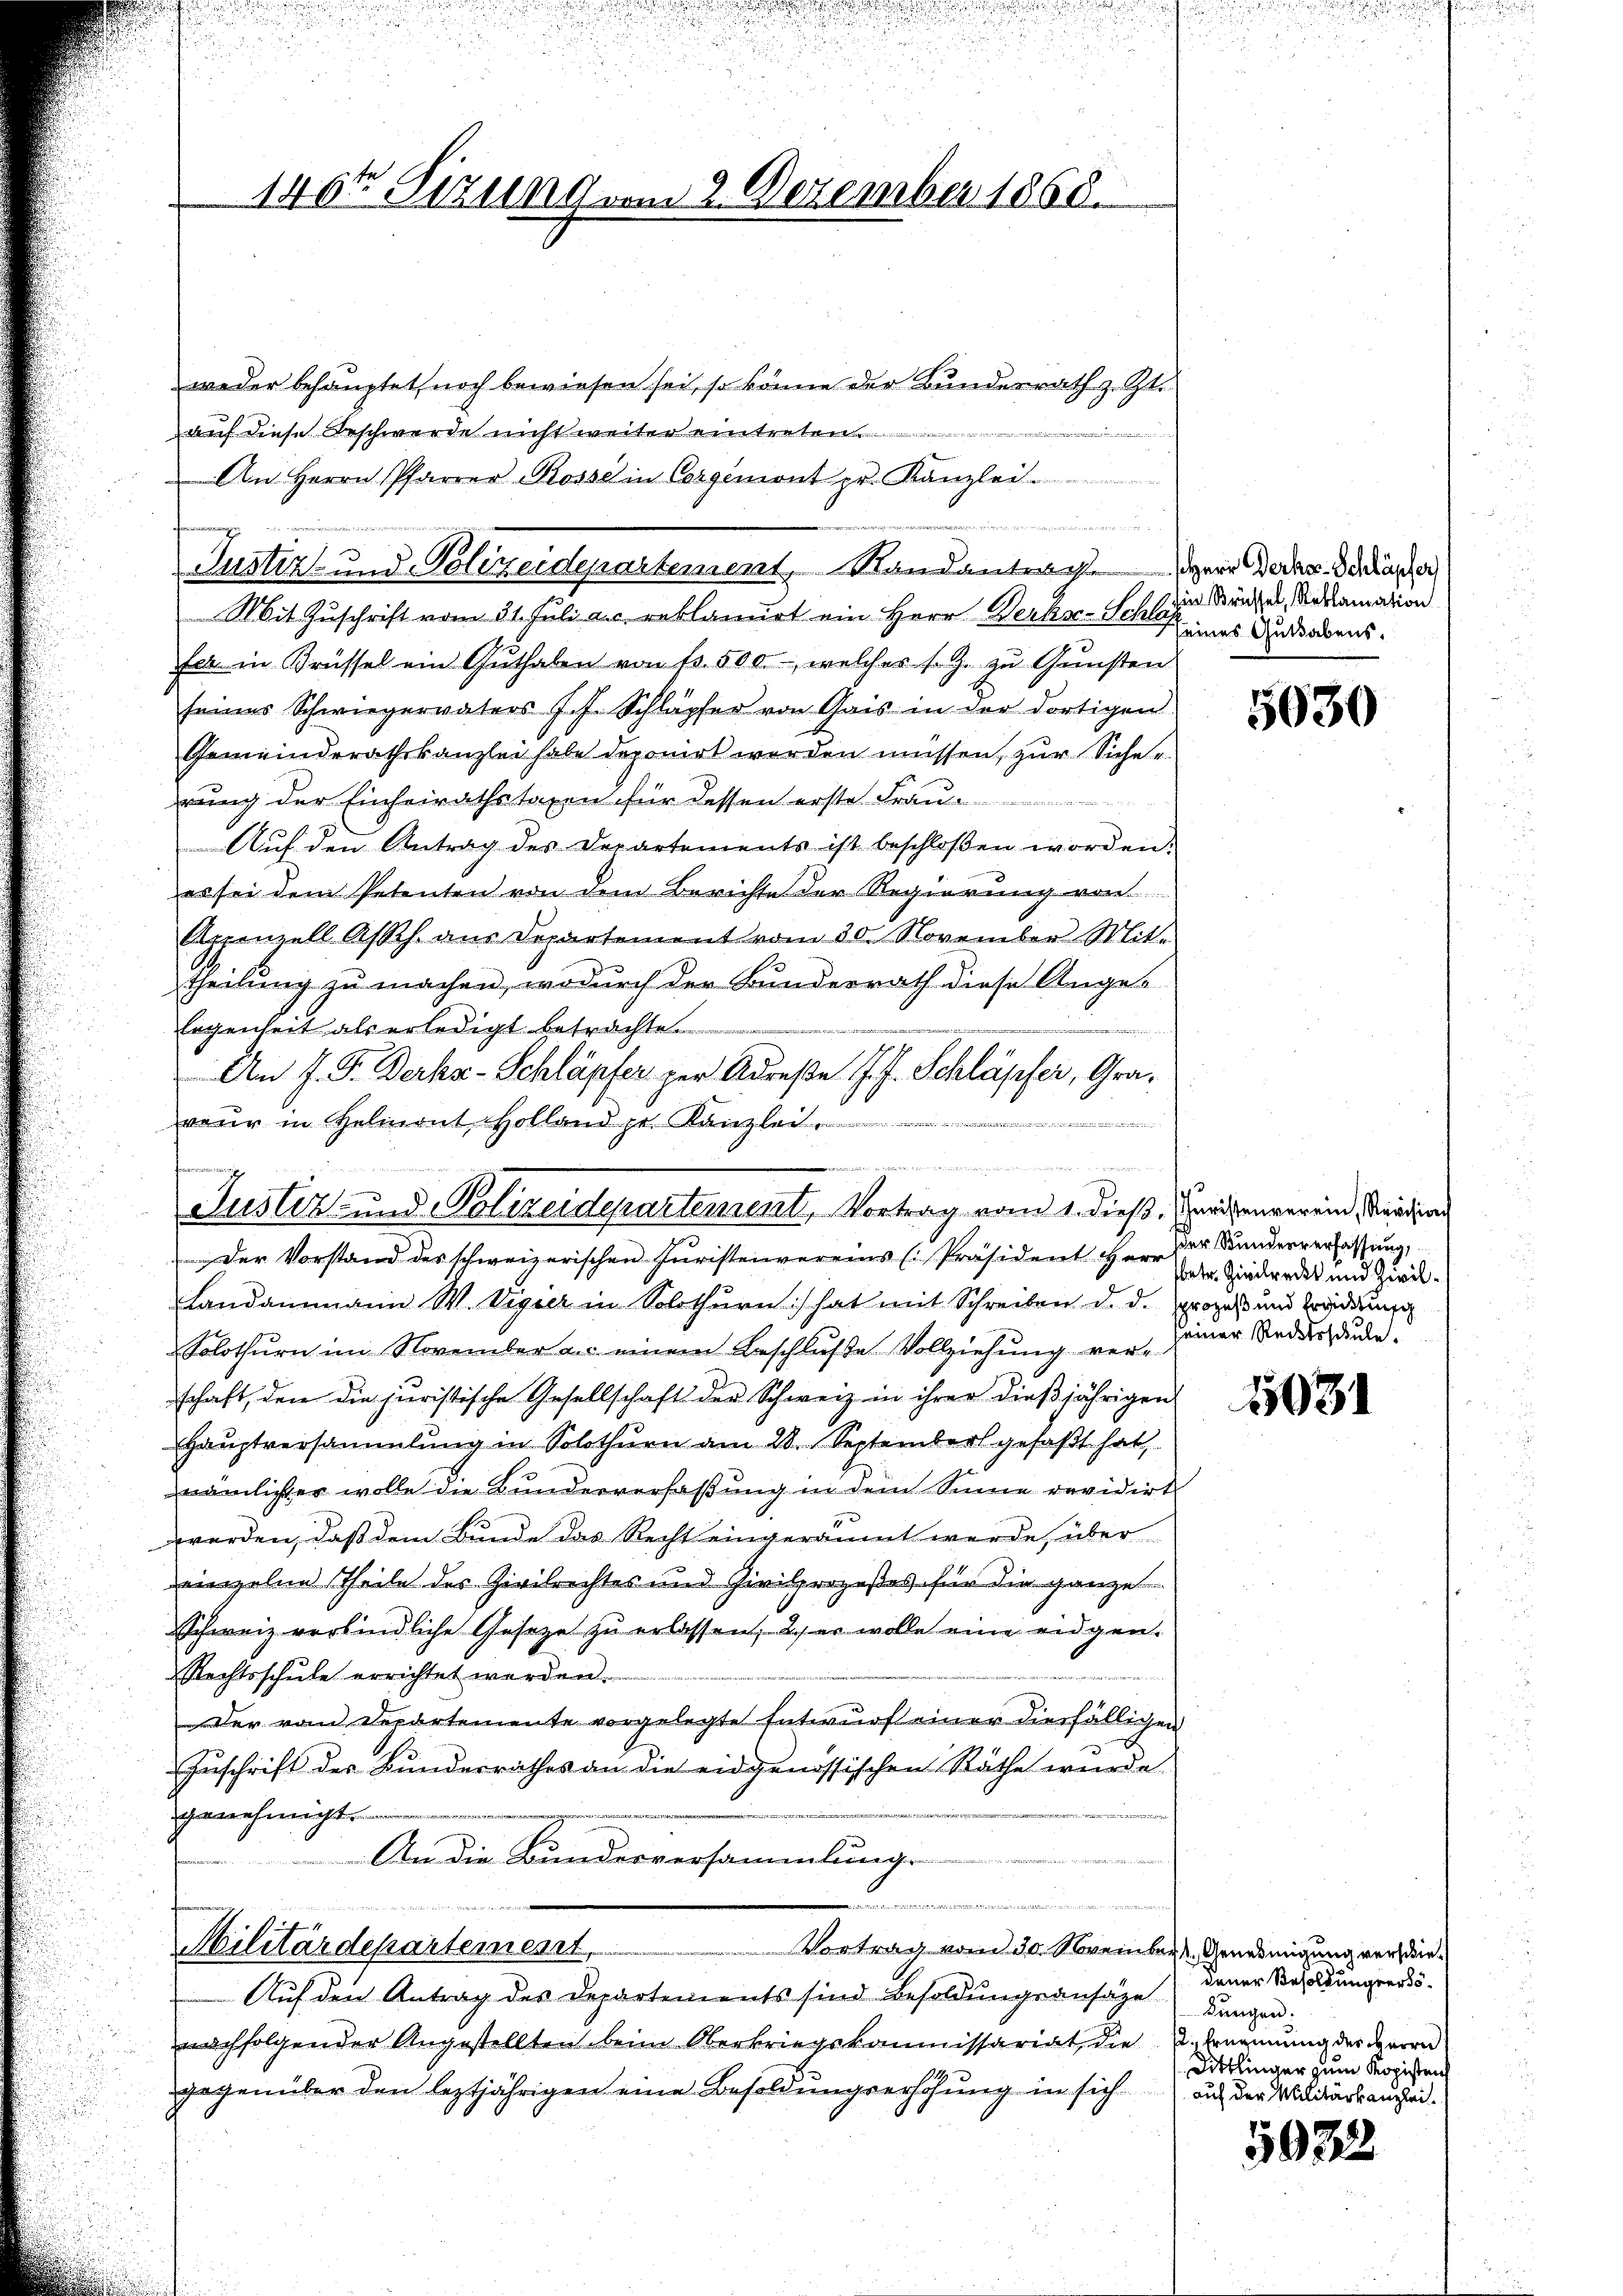
146t Sizung vom 2. Dezember 1868.

weder behauptet, noch bewiesen sei, so könne der Bunderrath z. Zt.
auf diese Beschwerde nicht weiter eintreten..................
An Herrn Pfarrer Rosse in Corgemont pr. Kanzlei
Justiz- und Polizeidepartement, Randantrag. Herr Decke Schlasser
Mit Zuschrift vom 31. Juli a.c. reblanuirt ein Herr Werks- Schlafer in Brüssel ein Guthaben von 13. 500, welches s. Z. zu Gunsten
seines Schwiegervaters J. J. Schläpfer von Gais in der dortigen
Gemeinderathskanzlei habe deponirt werden müssen, zur Siche e
rung der Einheirathstaxen für dessen erste Frau
Aŭf den Antrag des Departements ist beschloßen worden.
es sei dem Petenten von dem Berichte der Regierung von
Appenzell Assh. aus Departement vom 30. November Mit-
theilung zu machen, wodurch der Bunderrath diese Anges
Eegenheit als erledigt betrachte
An J. P. Derkar-Schläpfer per Adrese J. J. Schläpfer, Grae
reur in Helmont, Holland pr. Kanzlei
e

d

Justiz- und Polizeidepartement, Vortrag vom 1. dieß. Zuristenverein, Prädia

e
Militärdepartement.
Vortrag vom 30. November Genehmigung verschie¬

Der Vorstand des schweizerischen Juristenvereins (Präsident Herr der Kunderverfassŭng,
Landammann W. Vigier in Solothurn) hat mit Schreiben d. d. prozess und Brandung
Solothurn im November an einem Beschluße Vollziehung verschaft, den die juristische Gesellschaft der Schweiz in ihrer dießjährigen
Haŭptversammlung in Solothurn am 28. September gefaßt hat,
nämlicher wolle die Bundesverfaßung in dem Sinne revidirt
werden, daß dem Bunde das Recht eingeräumt werde, über
einzelne Theile des Zivilrechtes und Civilprozeßes für die ganze
Schweiz verbindliche Gesetze zu erlassen, das er wolle eine eidgen.
Rechtsschule errichtet werden.
Der vom Departemente vorgelegte Entwurf einer diesfälligen
Zuschrift des Bundesrathes an die eidgenössischen Räthe wurde.
genehmigt.
An die Bunderversammlung

Auf den Antrag des Departements sind Besoldungsansätze
nachfolgender Angestellten beim Oberkriegskommissariat die
gegenüber den leztjährigen eine Besoldungserhöhung in sich

hin Brüssel, Reklamation
Seines Guthabens.

5030

sbetr. Zivilreckt und Zivilseiner Rechtsschule.

1031

dener Besoldungsers.
kungen.
 Ernennung des HHerrn
Dittlinger zum Kopisten
auf der Militärkanzlei.

5932